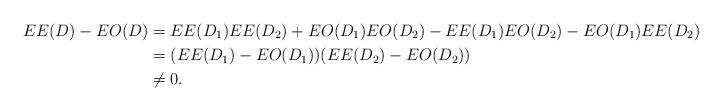
LaTeX: \begin{align*}EE(D) - EO(D) &= EE(D_1)EE(D_2) + EO(D_1)EO(D_2) - EE(D_1)EO(D_2) - EO(D_1)EE(D_2) \\&= (EE(D_1) - EO(D_1))(EE(D_2) - EO(D_2)) \\&\ne 0.\end{align*}